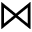
\bowtie